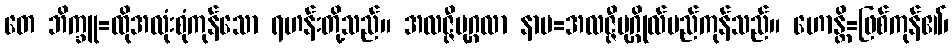
တေ ဘိက္ခူ=ထိုအလုံးစုံကုန်သော ရဟန်းတို့သည်။ အလဇ္ဇီပုဂ္ဂလာ နာမ=အလဇ္ဇီပုဂ္ဂိုလ်မည်ကုန်သည်။ ဟောန္တိ=ဖြစ်ကုန်၏၊